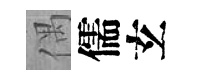
偶儒𤣥